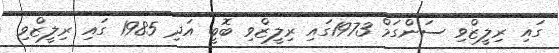
ގައި ރިލީޒްވި ސަންގަމް 1973ގައި ރިލީޒްވި ބޮބީ އަދި 1985 ގައި ރިލީޒްވި